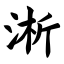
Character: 淅